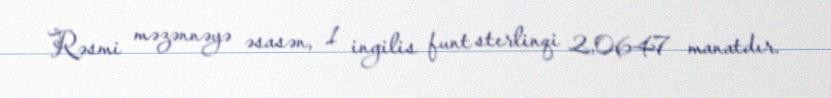
Rəsmi məzənnəyə əsasən, 1 ingilis funt sterlinqi 2,0647 manatdır.